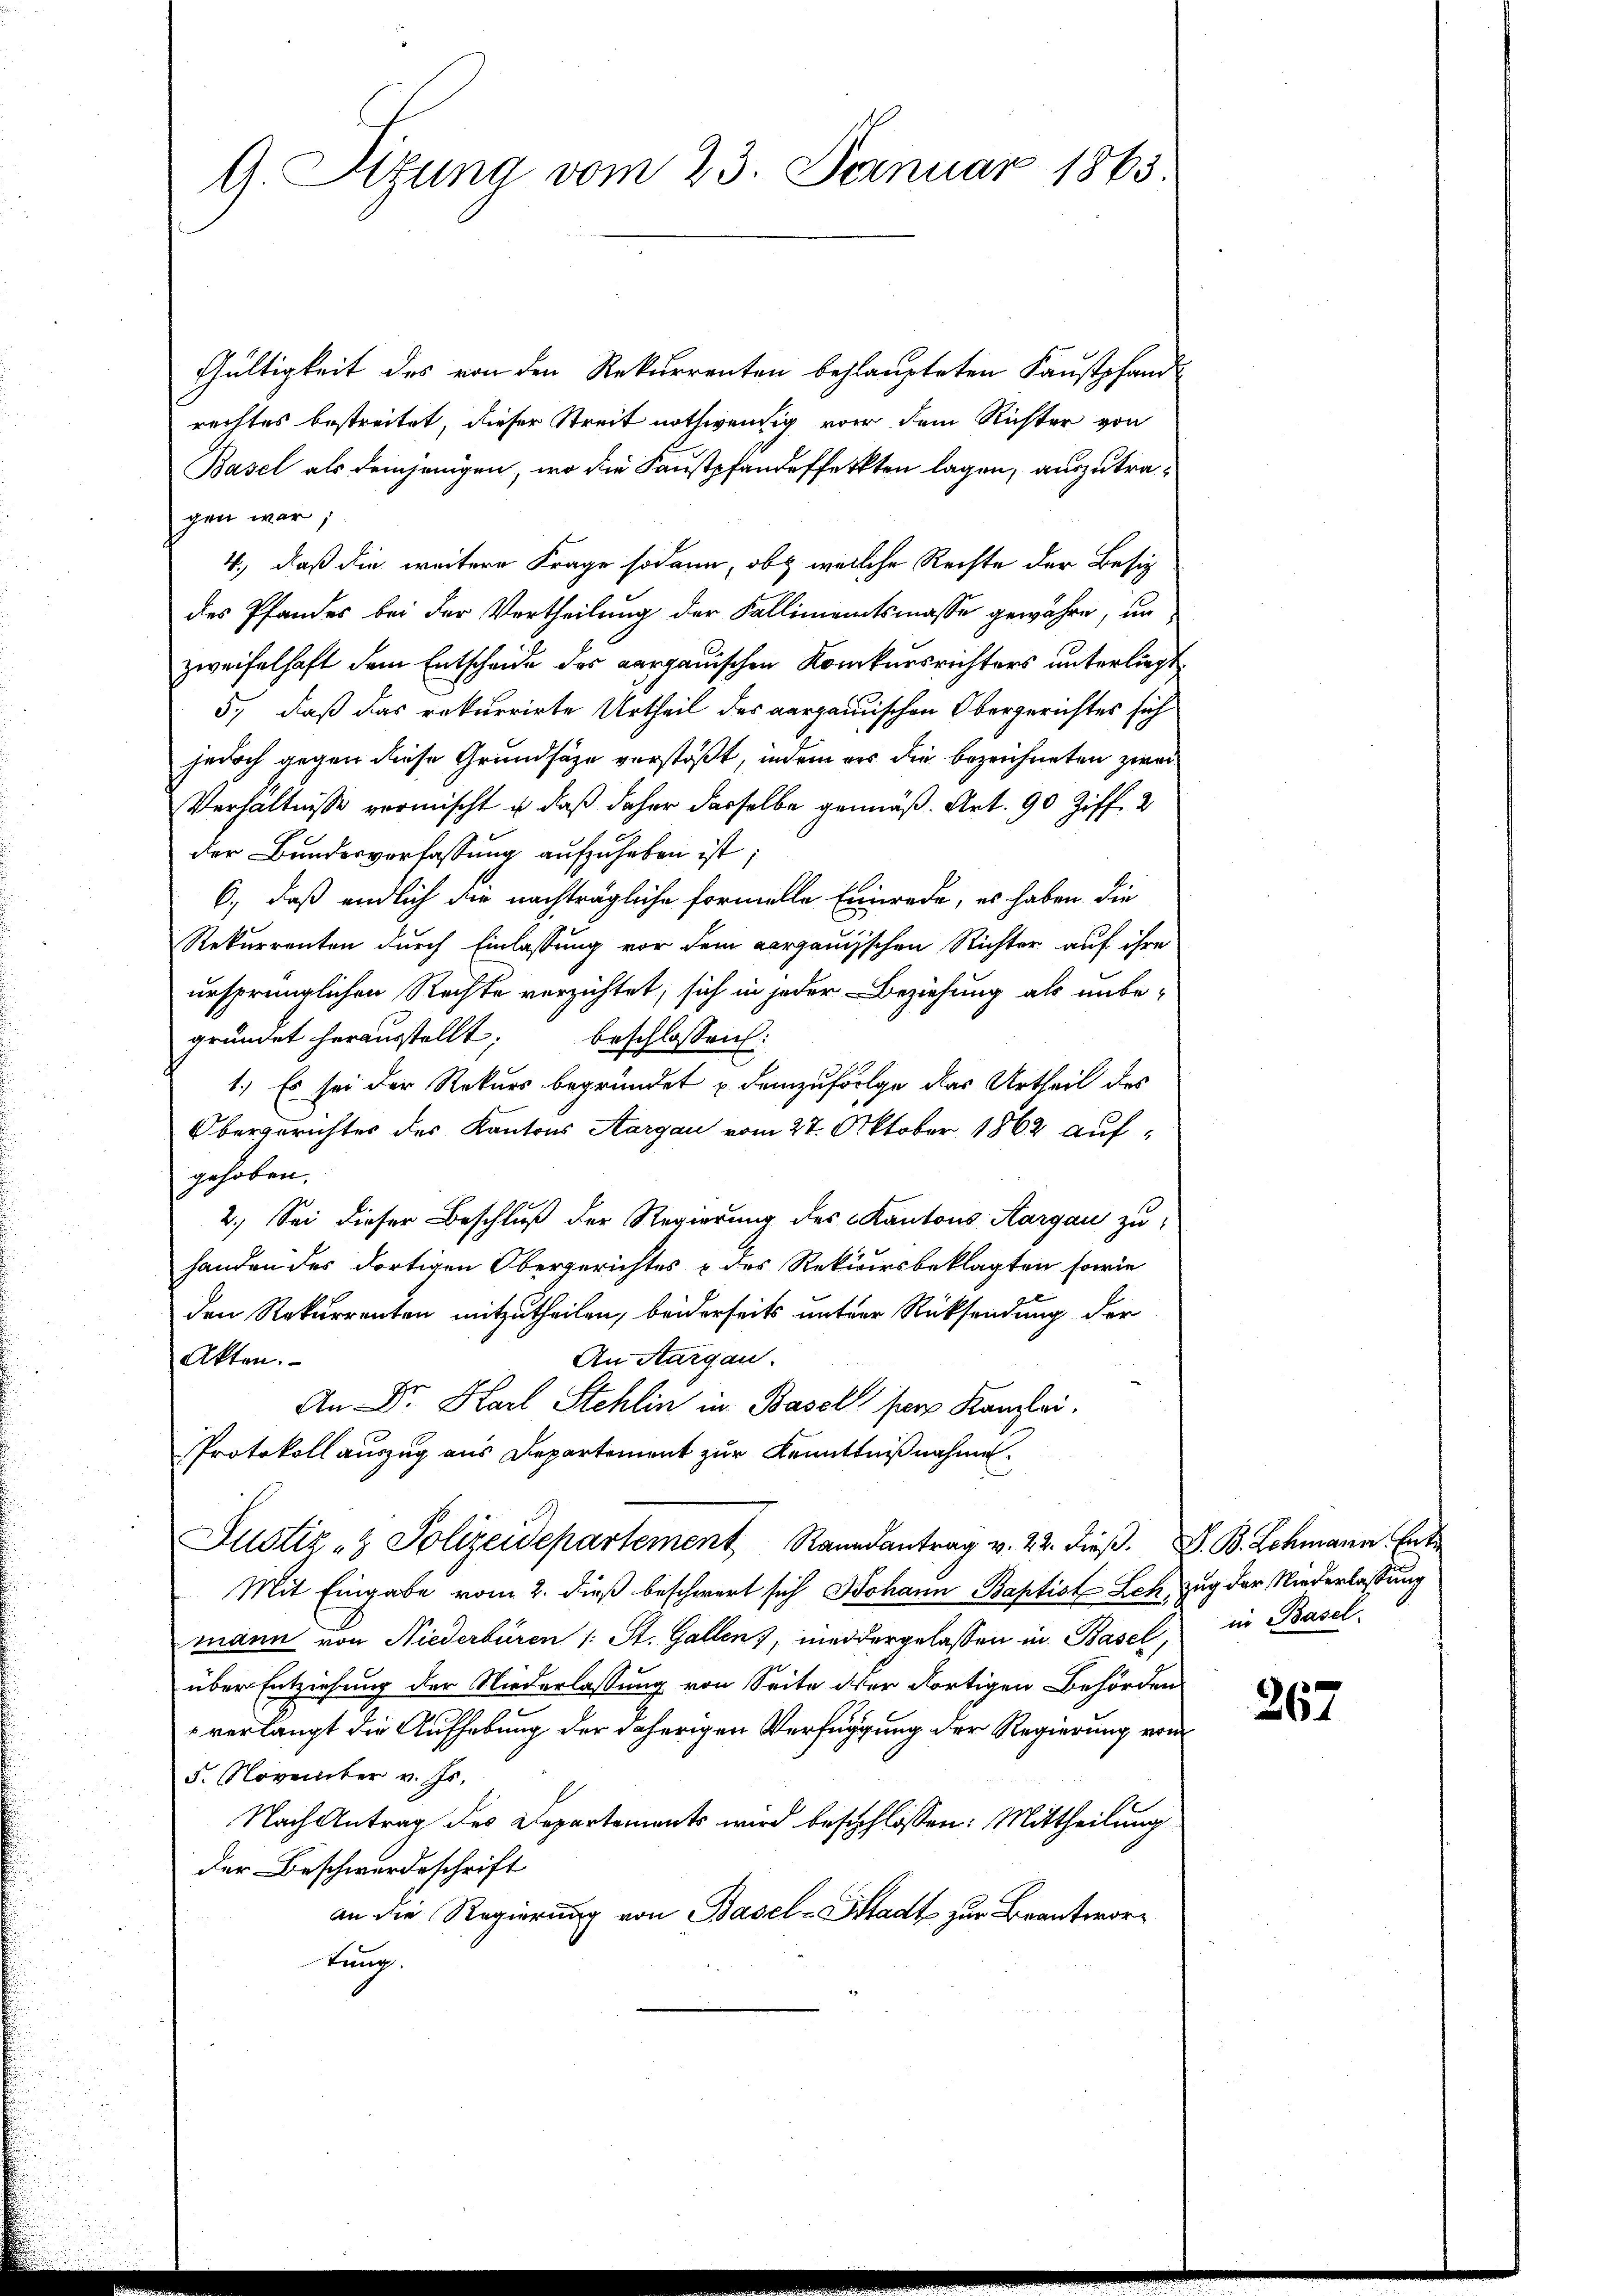
G. Situng vom 23. Januar 1863.

Gültigkeit des von den Rekurrenten behaupteten Kaustpfand
rechtes bestreitet, dieser Streit nothwendig von dem Richter von
Basel als deinjenigen, wo die Faustpfandefferkten lagen, auszutragen war,
4., daß die weitere Frage sodann, ob welche Rechte der Besiz
des Pfandes bei der Vertheilung der Fallimentsmasse gewähre, unzweifelhaft dem Entscheide der aargauischen Konkursrichters unterliegt
5., daß das rekurrirte Urtheil des aargauischen Obergerichtes sich
jedoch gegen diese Grundsätze verstößt, indem es die bezeichneten zwei
Verhältnisse vermischt u. daß daher dasselbe gemäß Art. 90 Ziff. 2
der Bundesverfassung aufzuheben ist;
6., daß endlich die nachträgliche formelle Einrede, es haben die
Rekurrenten durch Einlassung vor dem aargauischen Richter auf ihre
ursprünglichen Rechte verzichtet, sich in jeder Beziehung als unbe-
gründet herausstellt; beschlossen:
1.) Es sei der Rekurs begründet u demzufolge das Urtheil des
Obergerichtes des Kantons Aargau vom 27. Oktober 1862 aufgehoben.
2.) Sei dieser Beschluß der Regierung des Kantons Aargau zu
handen des dortigen Obergerichtes & des Rekursbeklagten sowie
den Rekurrenten mitzutheilen, beiderseits unterer Rücksendung der
An Aargau.
Akten.
An Dr. Karl Stehlin in Basel pers Kanzlei.
Protokoll auszug aus Departement zur Kenntnißnahme.
Justiz- & Polizeidepartement Raandantrag v. 22. dieβ. V. B. Lehmann Ent
Mit Eingabe vom 2. dieß beschwert sich Johann Baptist Leh, Zug der Niederlassung
mann von Niederbüren (: St. Gallen, wiedergelassen in Basel,
über Entziehung der Niederlassung von Seite der dortigen Behörden
verlangt die Aufhebung der daherigen Verfügung der Regierung von
5. November v. Js.
Nach Antrag des Departements wird beschlossen: Mittheilung
der Beschwerdeschrift
an die Regierung von Basel-Stadt zur Beantwortung.

in Basel

267